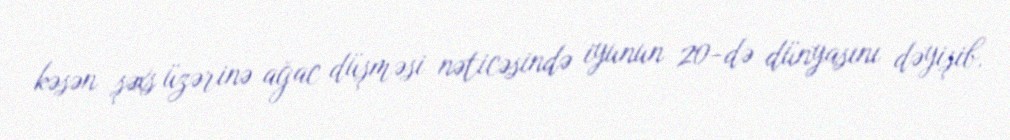
kəsən şəxs üzərinə ağac düşməsi nəticəsində iyunun 20-də dünyasını dəyişib.